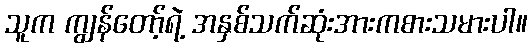
သူက ကျွန်တော့်ရဲ့ အနှစ်သက်ဆုံးအားကစားသမားပါ။